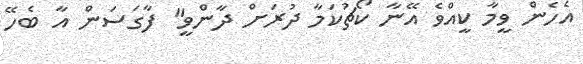
އެހެން ވީމާ ކީއްވެ އޭނާ ކޯޗުކަމާ ދުރަށް ދާންވީ" ފާގަސަން އާ ބެހޭ